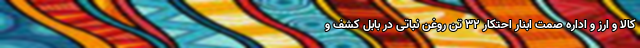
کالا و ارز و اداره صمت ابنار احتکار ۳۲ تن روغن نباتی در بابل کشف و